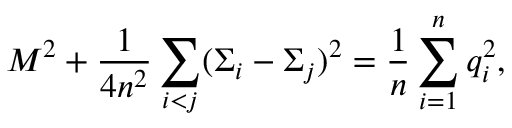
M ^ { 2 } + { \frac { 1 } { 4 n ^ { 2 } } } \sum _ { i < j } ( \Sigma _ { i } - \Sigma _ { j } ) ^ { 2 } = { \frac { 1 } { n } } \sum _ { i = 1 } ^ { n } q _ { i } ^ { 2 } ,